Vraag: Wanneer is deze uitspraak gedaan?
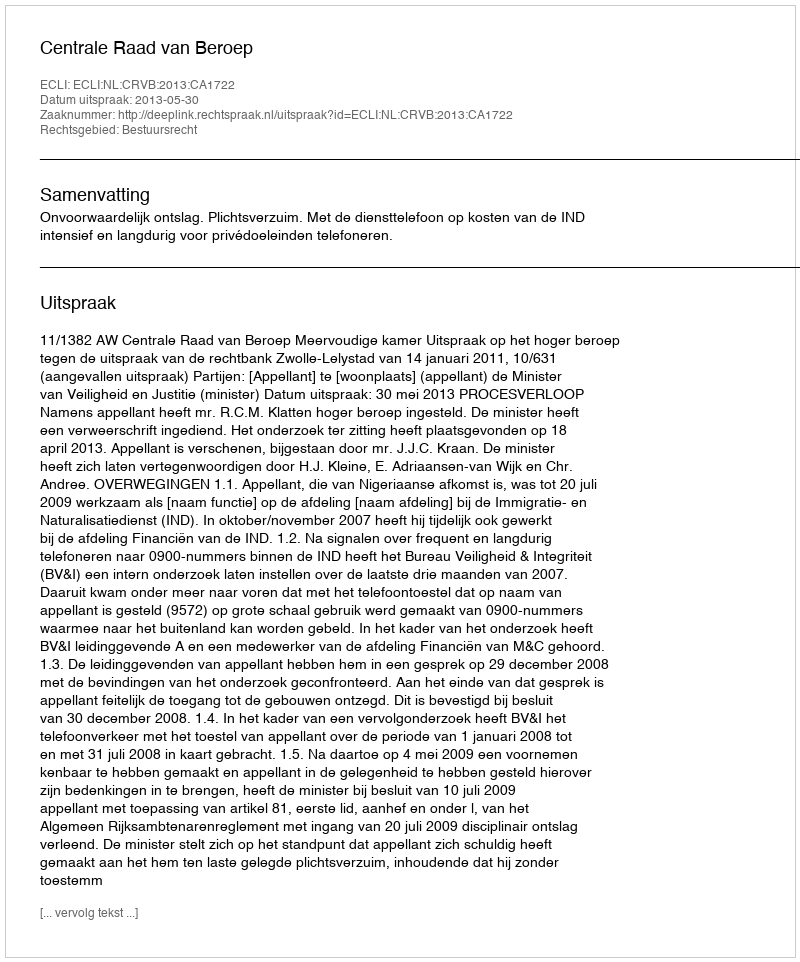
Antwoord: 2013-05-30